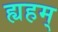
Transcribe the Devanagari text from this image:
ह्यहम्